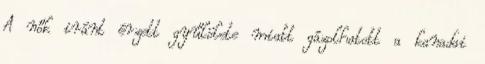
A nők iránt érzett gyűlölete miatt gázolhatott a kanadai